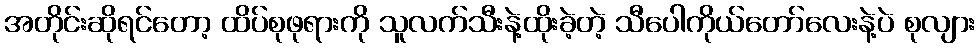
အတိုင်းဆိုရင်တော့ ထိပ်စုဖုရားကို သူလက်သီးနဲ့ထိုးခဲ့တဲ့ သီပေါကိုယ်တော်လေးနဲ့ပဲ စုလျား